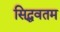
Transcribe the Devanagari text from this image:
सिद्धवतम